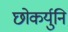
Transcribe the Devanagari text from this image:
छोकर्युनि